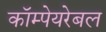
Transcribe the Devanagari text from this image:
कॉम्पेयरेबल